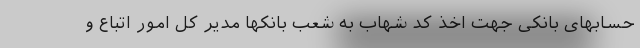
حسابهای بانکی جهت اخذ کد شهاب به شعب بانکها مدیر کل امور اتباع و